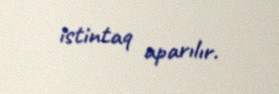
istintaq aparılır.